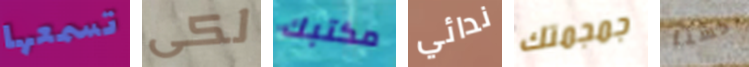
تسمعها لكى مكتبك ندائي جمجمتك حسنا